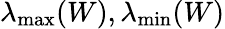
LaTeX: \lambda_{\operatorname*{max}}(W),\lambda_{\operatorname*{min}}(W)